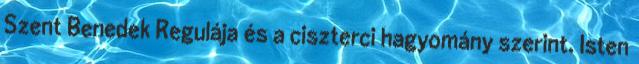
Szent Benedek Regulája és a ciszterci hagyomány szerint. Isten